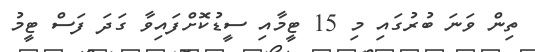
ތިން ވަނަ ބުރުގައި މި 15 ޓީމާއި ސީޑުކޮށްފައިވާ ގަދަ ފަސް ޓީމު